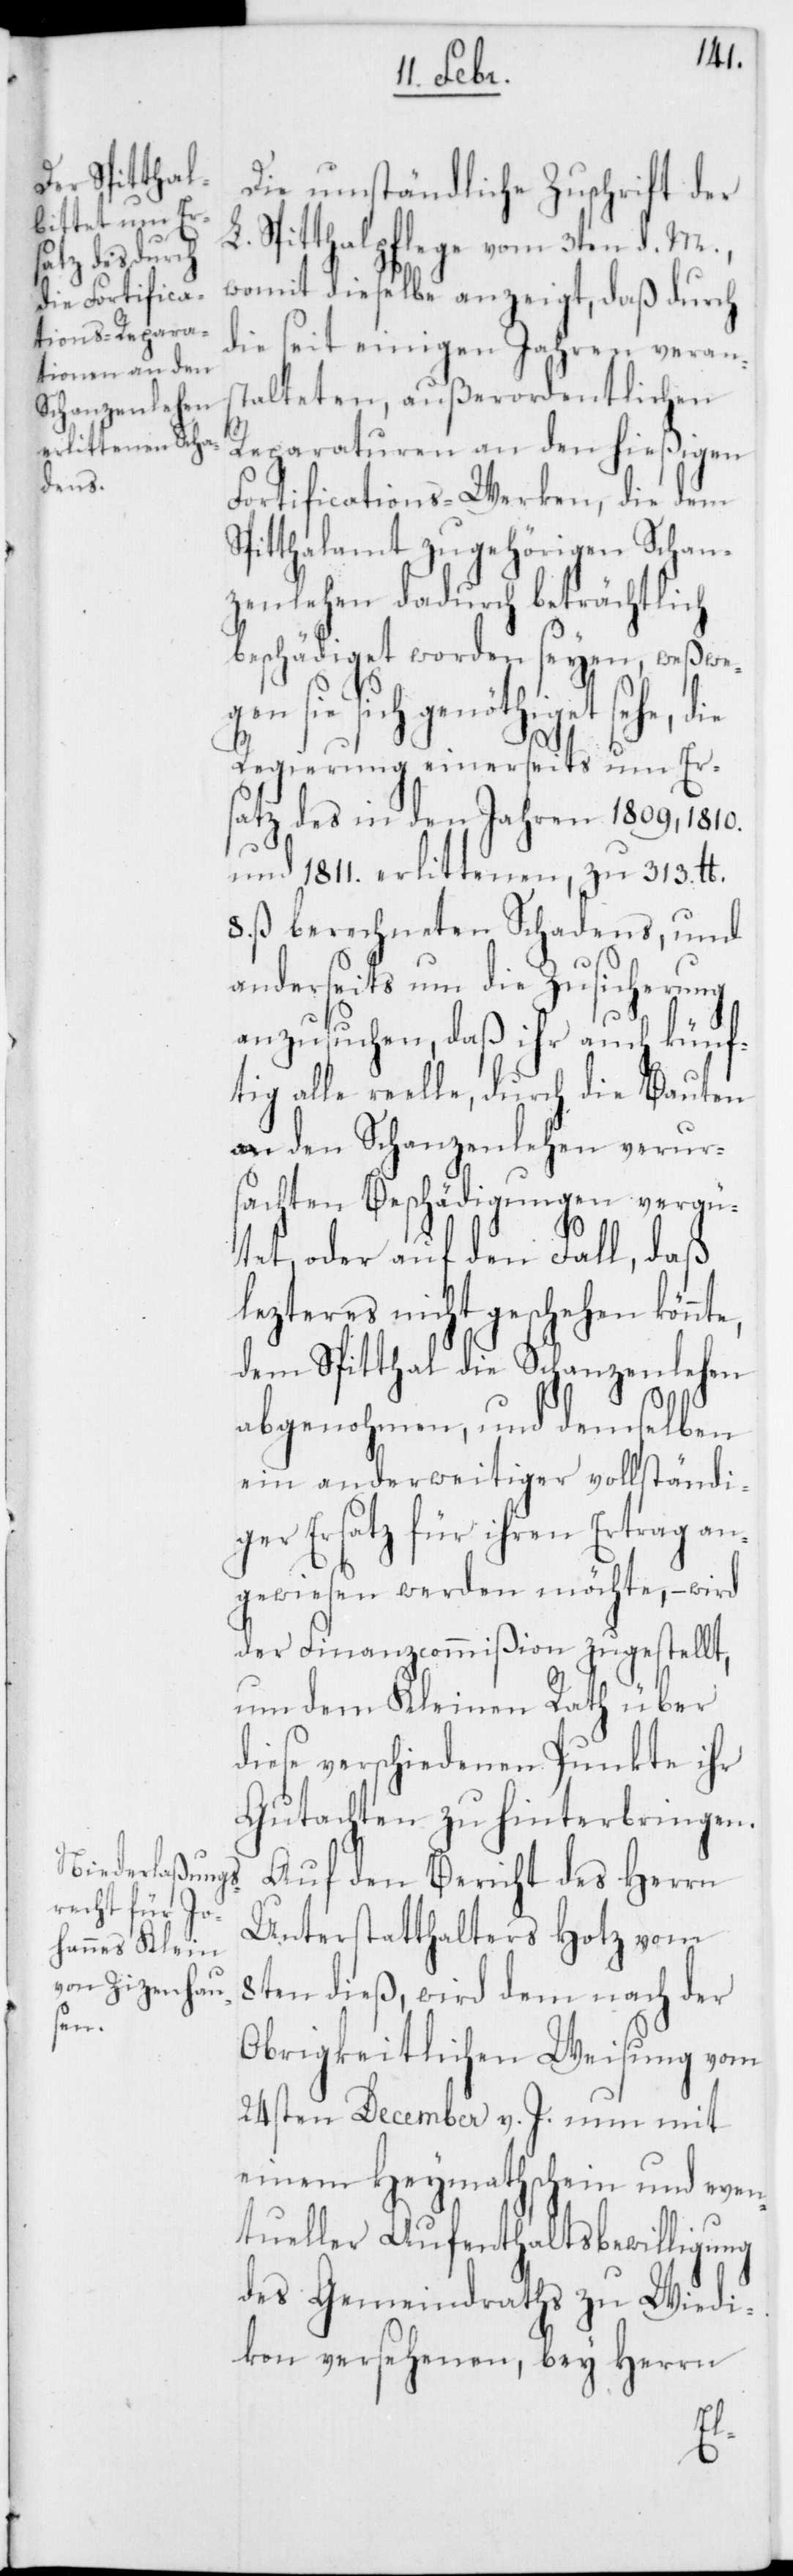
Die umständliche Zuschrift der
L. Spitthalpflege vom 3ten d. M.,
womit dieselbe anzeigt, daß durch
die seit einigen Jahren verans¬
talteten, außerordentlichen
Reparaturen an den hießigen
gen s¬
Fortifications-Werken, die dem
Spitthalamt zugehörigen Schan¬
zenlehen dadurch beträchtlich
beschädiget worden seyen , weswe¬
ie sich genöthiget sehe,
Regierung einerseits um Er¬
satz des in den Jahren 1809, 1810.
und 1811. erlittenen, zu 313. lb.
8. ß berechneten Schadens, und
anderseits um die Zusicherung
anzusuchen, daß ihr auch künf¬
tig alle reelle, durch die Bauten
an den Schanzenlehen verur¬
sachten Beschädigungen vergü¬
tet, oder auf den Fall, daß
lezteres nicht geschehen könn¬
dem Spitthal die Schanzenlehen
abgenohmen, und demselben
ein anderweitiger vollständi¬
ger Ersatz für ihren Ertrag an¬
gewiesen werden möchte, – wird
der Finanzcommißion zugestellt,
um dem Kleinen Rath über
diese verschiedenen Punkte ihr
Gutachten zu hinterbringen.
Auf den Bericht des Herrn
Unterstatthalters Hotz vom
8ten dieß, wird dem nach der
Obrigkeitlichen Weisung vom
24sten December v. J. nun mit
einem Heymathschein und even¬
tueller Aufenthaltsbewilligung
des Gemeindraths zu Wiedi¬
kon versehenen, bey Herrn
te,